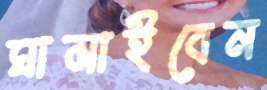
ঘামাইবেন